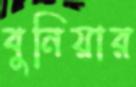
বুনিয়ার